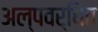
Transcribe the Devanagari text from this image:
अल्पवर्धित